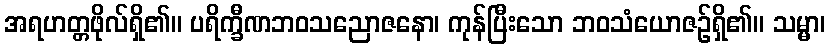
အရဟတ္တဖိုလ်ရှိ၏။ ပရိက္ခီဏဘဝသညောဇနော၊ ကုန်ပြီးသော ဘဝသံယောဇဉ်ရှိ၏။ သမ္မာ၊